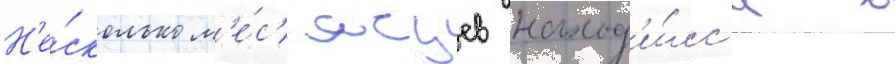
Н'е́сколько м'е́с'яцев наход'и́лс'я в